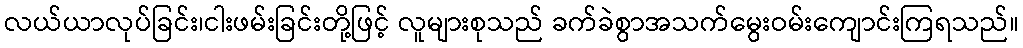
လယ်ယာလုပ်ခြင်း၊ငါးဖမ်းခြင်းတို့ဖြင့် လူများစုသည် ခက်ခဲစွာအသက်မွေးဝမ်းကျောင်းကြရသည်။